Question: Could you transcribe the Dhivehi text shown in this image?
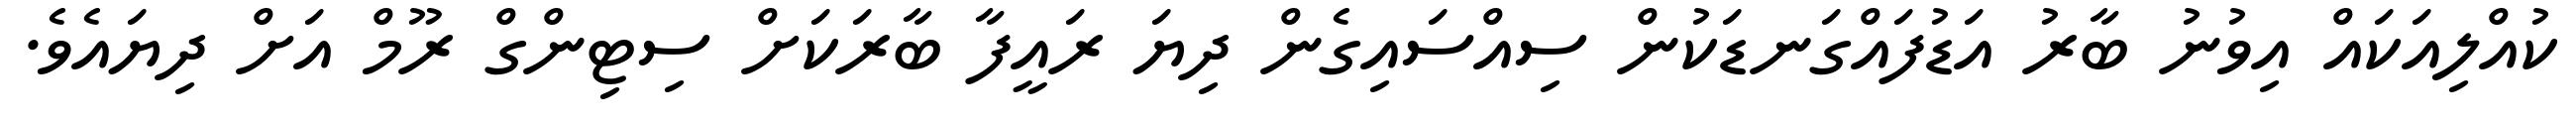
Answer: ކުއްލިއަކައް އިވުނު ބާރު އަޑުފައްގަނޑަކުން ސިއްސައިގެން ދިޔަ ރައީފާ ބާރަކަށް ސިޓިންގް ރޫމް އަށް ދިޔައެވެ.